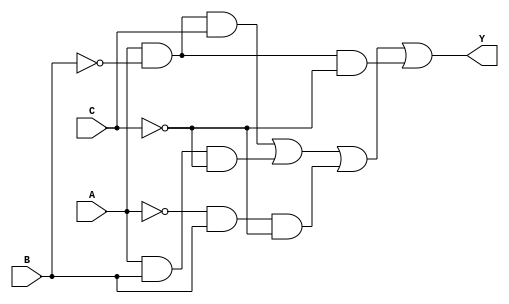
module kmap_3var (
    input wire A,  // Input variable A
    input wire B,  // Input variable B
    input wire C,  // Input variable C
    output wire Y  // Output of the function
);

// K-map output based on the minterms
// The K-map positions correspond to the following minterms:
// m0 = A'B'C' (0, 0, 0)
// m1 = A'B'C  (0, 0, 1)
// m2 = A'BC'  (0, 1, 0)
// m3 = A'BC   (0, 1, 1)
// m4 = AB'C'  (1, 0, 0)
// m5 = AB'C   (1, 0, 1)
// m6 = ABC'   (1, 1, 0)
// m7 = ABC    (1, 1, 1)

// Example: Let's assume the output Y is 1 for minterms m1, m2, m5, and m6
assign Y = (A & ~B & C) | (A & B & ~C) | (~A & B & ~C) | (A & ~B & ~C);

endmodule